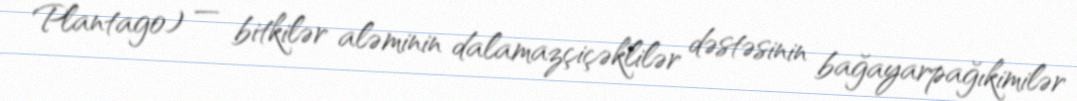
Plantago) — bitkilər aləminin dalamazçiçəklilər dəstəsinin bağayarpağıkimilər